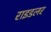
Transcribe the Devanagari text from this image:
राइडलर